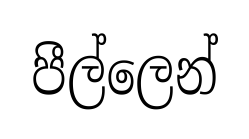
පීල්ලෙන්